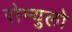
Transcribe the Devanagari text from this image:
रोम्युलो